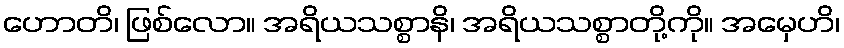
ဟောတိ၊ ဖြစ်လော။ အရိယသစ္စာနိ၊ အရိယသစ္စာတို့ကို။ အမှေဟိ၊